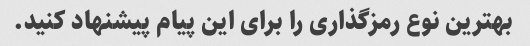
بهترین نوع رمزگذاری را برای این پیام پیشنهاد کنید.